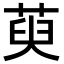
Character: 萸